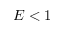
E < 1